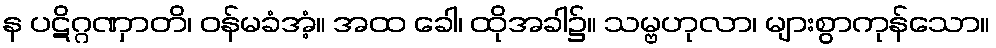
န ပဋိဂ္ဂဏှာတိ၊ ဝန်မခံအံ့။ အထ ခေါ၊ ထိုအခါ၌။ သမ္ဗဟုလာ၊ များစွာကုန်သော။